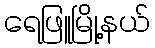
ရေဖြူမြို့နယ်